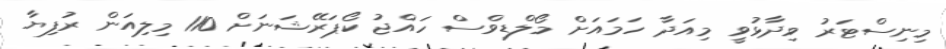
މިނިސްޓަރު ވިދާޅުވީ މިއަދާ ހަމައަށް މޯލްޑިވްސް ހައްޖު ކޯޕަރޭޝަނަށް 110 މިލިއަން ރުފިޔާ